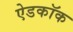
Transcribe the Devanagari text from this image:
ऐडकॉक